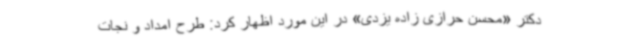
دکتر «محسن حرازی زاده یزدی» در این مورد اظهار کرد: طرح امداد و نجات